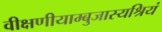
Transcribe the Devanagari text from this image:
वीक्षणीयाम्बुजास्यश्रियं